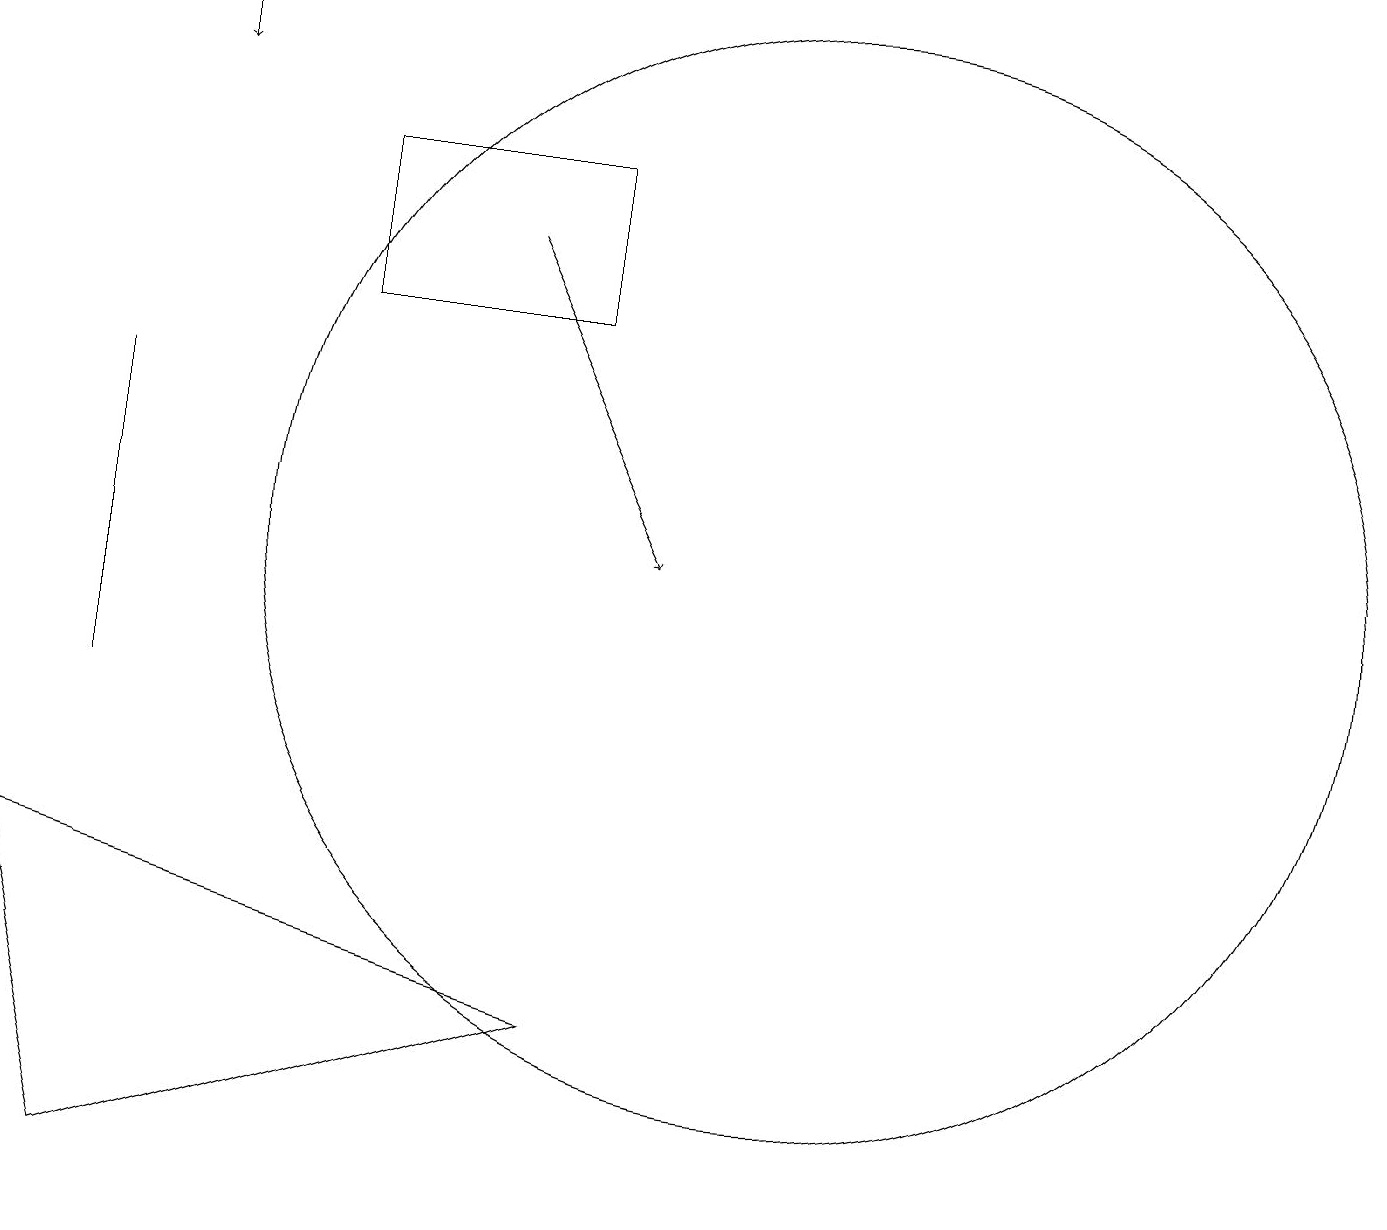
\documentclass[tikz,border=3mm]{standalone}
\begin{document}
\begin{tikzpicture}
\draw[->] (6,16) -- (8,12);
\draw (10,12) circle (7);
\draw (1,14) rectangle (1,10);
\draw (1,4) -- (0,8) -- (7,6) -- cycle;
\draw (7,15) rectangle (4,17);
\draw[->] (2,19) -- (2,18);
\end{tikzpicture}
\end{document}